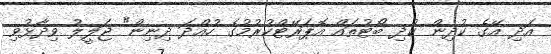
އަދި އޭގެ ކުދިން ކުދި ބޯޓުތައް އޮޕަރޭޓްކުރުމުގެ ހުއްދަ ދިނިން" ޖަލީލު ވިދާޅުވި